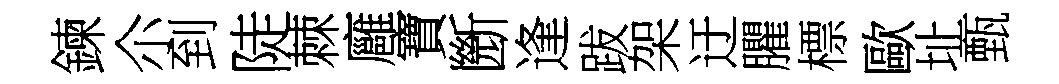
鍊尒到陡棘廱寶㫁逢跋架迂臞標歐址甄